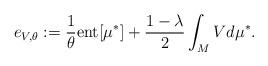
LaTeX: \begin{align*} {e}_{V, \theta} := \frac{1}{ \theta} {\rm ent}[\mu^{*}] +\frac{1 - \lambda}{2} \int_{M} V d \mu^{*}. \end{align*}